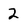
Character: 2